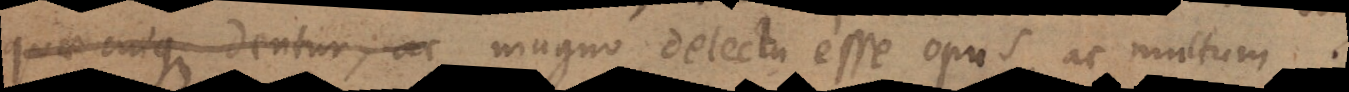
quae cuique dentur, ac magno delectu esse opus, ac multum